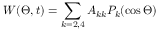
W ( \Theta , t ) = \sum _ { k = 2 , 4 } A _ { k k } P _ { k } ( \cos { \Theta } )